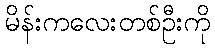
မိန်းကလေးတစ်ဦးကို